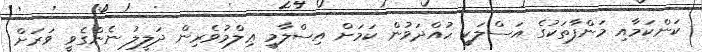
ކަންކަމާއި މަންފާތަކުގެ އަސްލަކީ ހުއްދަވުން ކަމަށް އިސްލާމީ ޢިލްމުވެރިން ދަލީލު ނެންގެވީ ވަރަށް